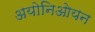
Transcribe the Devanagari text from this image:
अयोनिओयन